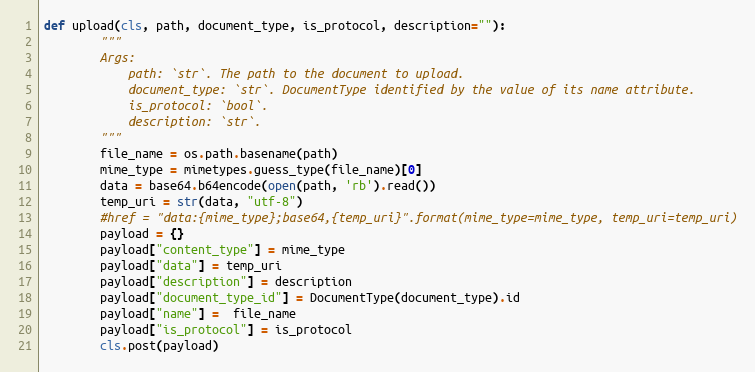
Language: Python
def upload(cls, path, document_type, is_protocol, description=""):
        """
        Args:
            path: `str`. The path to the document to upload.
            document_type: `str`. DocumentType identified by the value of its name attribute.
            is_protocol: `bool`.
            description: `str`.
        """
        file_name = os.path.basename(path)
        mime_type = mimetypes.guess_type(file_name)[0]
        data = base64.b64encode(open(path, 'rb').read())
        temp_uri = str(data, "utf-8")
        #href = "data:{mime_type};base64,{temp_uri}".format(mime_type=mime_type, temp_uri=temp_uri)
        payload = {}
        payload["content_type"] = mime_type
        payload["data"] = temp_uri
        payload["description"] = description
        payload["document_type_id"] = DocumentType(document_type).id
        payload["name"] =  file_name
        payload["is_protocol"] = is_protocol
        cls.post(payload)